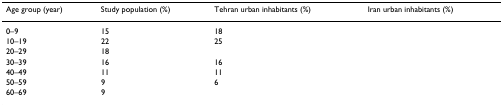
<table><thead><tr><td><b>Age group (year)</b></td><td><b>Study population (%)</b></td><td><b>Tehran urban inhabitants (%)</b></td><td><b>Iran urban inhabitants (%)</b></td></tr></thead><tbody><tr><td>0–9</td><td>15</td><td>18</td><td>[EMPTY_CELL]</td></tr><tr><td>10–19</td><td>22</td><td>25</td><td>[EMPTY_CELL]</td></tr><tr><td>20–29</td><td>18</td><td>[EMPTY_CELL]</td><td>[EMPTY_CELL]</td></tr><tr><td>30–39</td><td>16</td><td>16</td><td>[EMPTY_CELL]</td></tr><tr><td>40–49</td><td>11</td><td>11</td><td>[EMPTY_CELL]</td></tr><tr><td>50–59</td><td>9</td><td>6</td><td>[EMPTY_CELL]</td></tr><tr><td>60–69</td><td>9</td><td>[EMPTY_CELL]</td><td>[EMPTY_CELL]</td></tr></tbody></table>